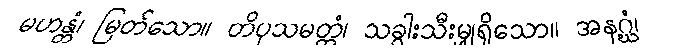
မဟန္တံ၊ မြတ်သော။ တိပုသမတ္တံ၊ သခွါးသီးမျှရှိသော။ အနဂ္ဃံ၊